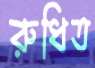
রুধিত